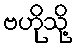
ဗဟိုသို့